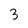
Character: 3